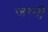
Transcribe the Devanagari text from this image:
जग्‍गी